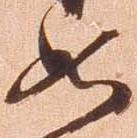
如